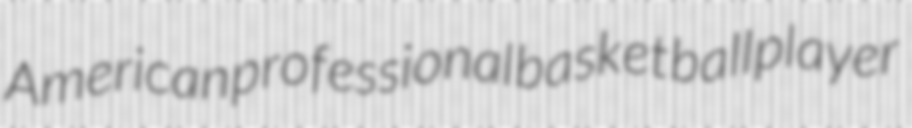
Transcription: American professional basketball player